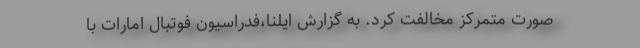
صورت متمرکز مخالفت کرد. به گزارش ایلنا،فدراسیون فوتبال امارات با